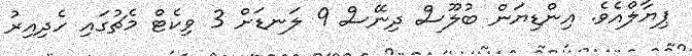
ޕިޔާލްއެވެ. އިންޑިޔަން ބުލޫސް ދިނޭސް 9 ލަނޑަށް 3 ވިކެޓް މެޗުގައި ހެދިއިރު